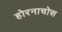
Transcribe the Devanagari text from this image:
होरनाचोस